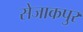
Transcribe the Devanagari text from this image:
सेजाकपुर